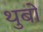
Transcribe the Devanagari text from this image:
थुबो